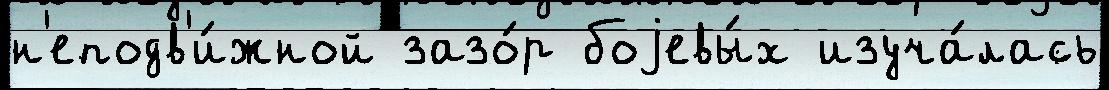
н'еподв'и́жной зазо́р боjевы́х изуча́лась